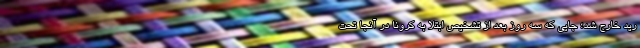
رید خارج شد؛ جایی که سه روز بعد از تشخیص ابتلا به کرونا در آنجا تحت